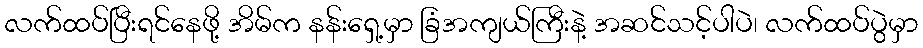
လက်ထပ်ပြီးရင်နေဖို့ အိမ်က နန်းရှေ့မှာ ခြံအကျယ်ကြီးနဲ့ အဆင်သင့်ပါပဲ၊ လက်ထပ်ပွဲမှာ